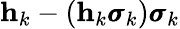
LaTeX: \mathbf h_{k}-(\mathbf h_{k}\pmb{\sigma}_{k})\pmb{\sigma}_{k}